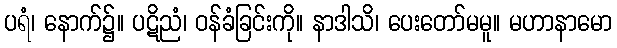
ပရံ၊ နောက်၌။ ပဋိညံ၊ ဝန်ခံခြင်းကို။ နာဒါသိ၊ ပေးတော်မမူ။ မဟာနာမော